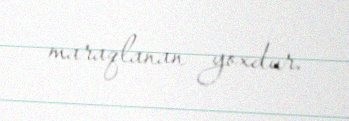
maraqlanan yoxdur.